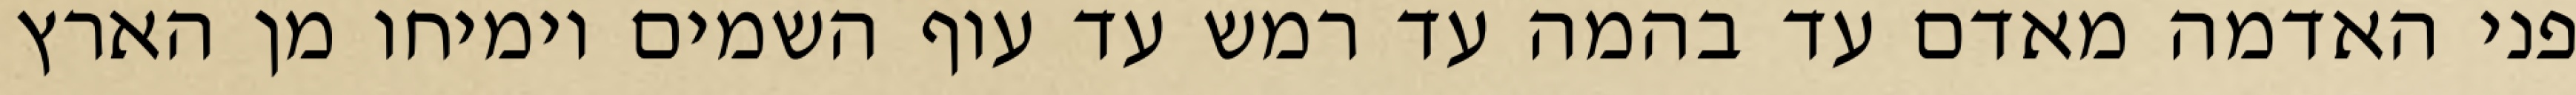
פני האדמה מאדם עד בהמה עד רמש עד עוף השמים וימיחו מן הארץ